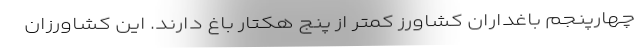
چهارپنجم باغداران کشاورز کمتر از پنج هکتار باغ دارند. این کشاورزان